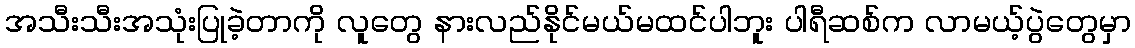
အသီးသီးအသုံးပြုခဲ့တာကို လူတွေ နားလည်နိုင်မယ်မထင်ပါဘူး ပါရီဆစ်က လာမယ့်ပွဲတွေမှာ